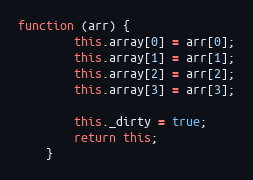
Language: JavaScript
function (arr) {
        this.array[0] = arr[0];
        this.array[1] = arr[1];
        this.array[2] = arr[2];
        this.array[3] = arr[3];

        this._dirty = true;
        return this;
    }